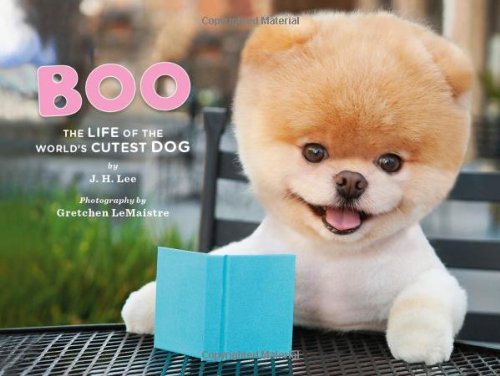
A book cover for Boo: The Life of the World's Cutest Dog; J. H. Lee; Arts & Photography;